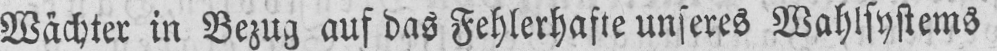
Wächter in Bezug auf das Fehlerhafte unseres Wahlsystems